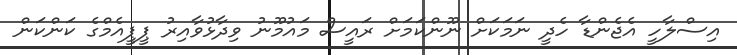
އިސްލާހީ އެޖެންޑާ ހެދީ ނަމަަކަށް ނޫންކަމަށް ރައީސް މައުމޫނު ވިދާޅުވާއިރު ޕީޕީއެމްގެ ކަންކަން